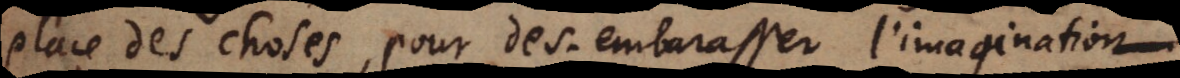
place des choses, pour des. embarasser l’imagination